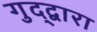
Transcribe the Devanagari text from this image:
गुद्द्वारा